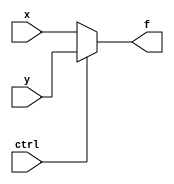
module mux(
input ctrl,
input [7:0] x,
input [7:0] y,

output [7:0] f
);
	assign f = ctrl? y:x;

endmodule